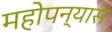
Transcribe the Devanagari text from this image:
महोपन्यास